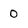
Character: 0